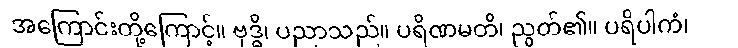
အကြောင်းတို့ကြောင့်။ ဗုဒ္ဓိ၊ ပညာသည်။ ပရိဏမတိ၊ ညွတ်၏။ ပရိပါကံ၊